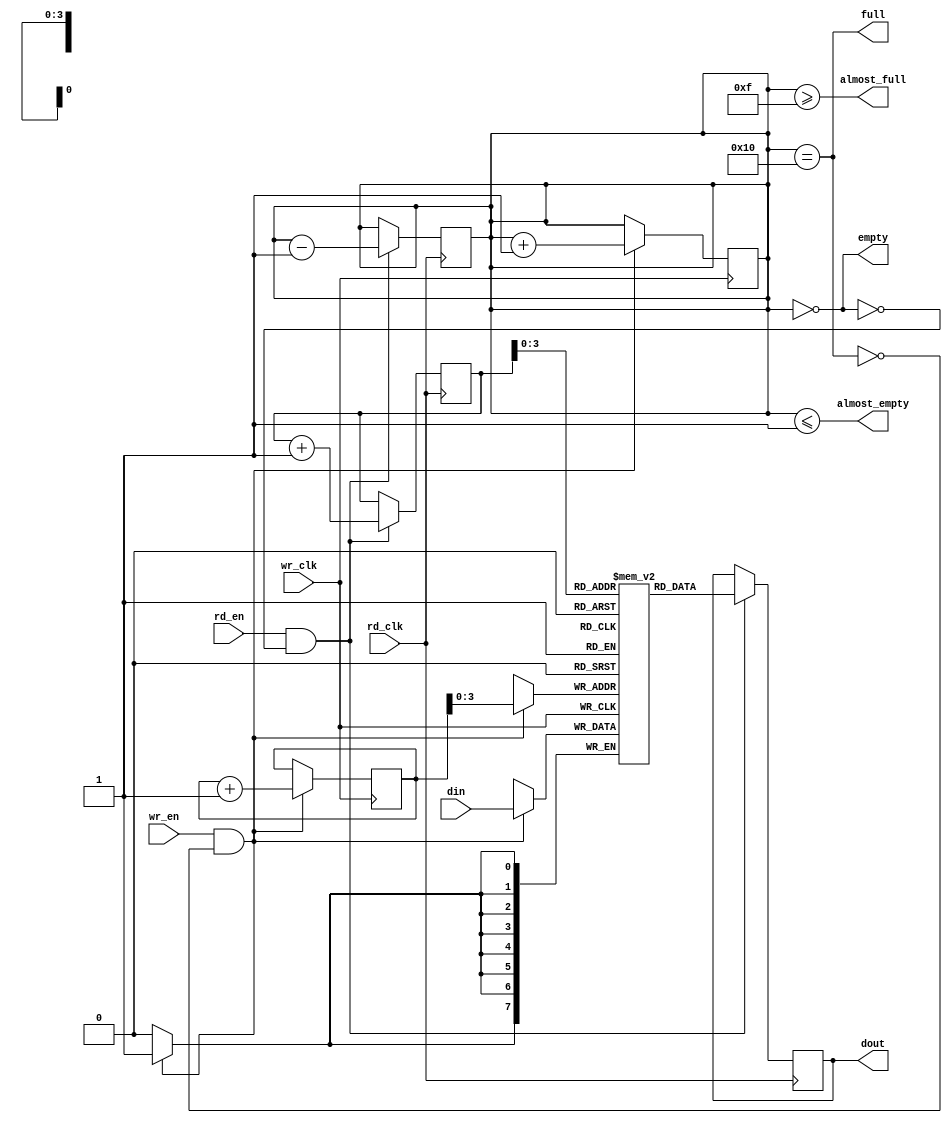
module fifo_sync #(
    parameter DATA_WIDTH = 8,  // Width of the data
    parameter FIFO_DEPTH = 16   // Depth of the FIFO
)(
    input wire wr_clk,           // Write clock
    input wire rd_clk,           // Read clock
    input wire wr_en,            // Write enable
    input wire rd_en,            // Read enable
    input wire [DATA_WIDTH-1:0] din, // Data input
    output wire [DATA_WIDTH-1:0] dout, // Data output
    output wire full,            // FIFO full flag
    output wire empty,           // FIFO empty flag
    output wire almost_full,     // Almost full flag
    output wire almost_empty      // Almost empty flag
);

    // FIFO memory
    reg [DATA_WIDTH-1:0] fifo_mem [0:FIFO_DEPTH-1];
    reg [4:0] wr_ptr = 0;       // Write pointer
    reg [4:0] rd_ptr = 0;       // Read pointer
    reg [4:0] fifo_count = 0;   // FIFO count

    // Write logic
    always @(posedge wr_clk) begin
        if (wr_en && !full) begin
            fifo_mem[wr_ptr] <= din; // Write data to FIFO
            wr_ptr <= wr_ptr + 1;    // Increment write pointer
            fifo_count <= fifo_count + 1; // Increment FIFO count
        end
    end

    // Read logic
    always @(posedge rd_clk) begin
        if (rd_en && !empty) begin
            dout <= fifo_mem[rd_ptr]; // Read data from FIFO
            rd_ptr <= rd_ptr + 1;     // Increment read pointer
            fifo_count <= fifo_count - 1; // Decrement FIFO count
        end
    end

    // Full and empty flags
    assign full = (fifo_count == FIFO_DEPTH);
    assign empty = (fifo_count == 0);
    assign almost_full = (fifo_count >= (FIFO_DEPTH - 1));
    assign almost_empty = (fifo_count <= 1);

endmodule